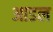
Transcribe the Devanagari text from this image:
आडल